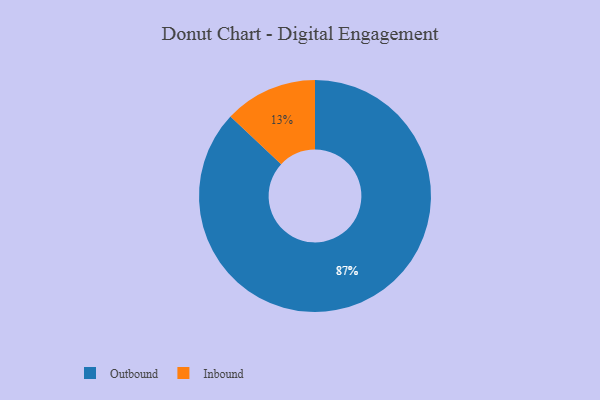
{"axis": {"x": "Category", "y": "Percentage"}, "legend": ["Inbound", "Outbound"], "data": [{"x": "Inbound", "y": 13, "type": "Inbound"}, {"x": "Outbound", "y": 87, "type": "Outbound"}]}